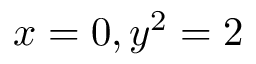
x = 0 , y ^ { 2 } = 2